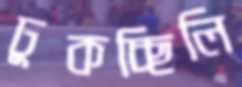
ঢুকচ্ছিলি